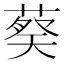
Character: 𬝢